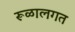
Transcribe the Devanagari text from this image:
रूळालगत